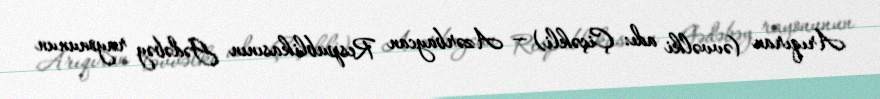
Arıqıran (əvvəlki adı: Çiçəkli) — Azərbaycan Respublikasının Gədəbəy rayonunun